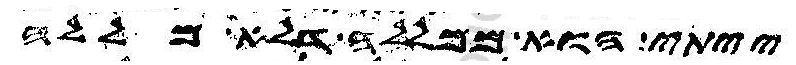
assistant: ייתי הוא ממללה דלא מללה